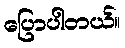
ပြောပါတယ်။